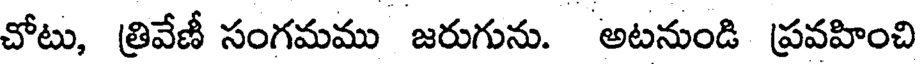
చోటు, త్రివేణీ సంగమము జరుగును. అటనుండి ప్రవహించి